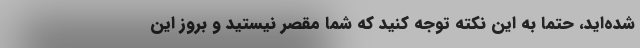
شده‌اید،‌ حتما به این نکته توجه کنید که شما مقصر نیستید و بروز این